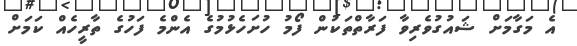
އެ މަގާމަށް ޝައުގުވެރިވާ ފަރާތްތަކުން ފޯމު ހުށަހެޅުމުގެ އެންމެ ފަހުގެ ތާރީހެއް ކަމަށް